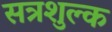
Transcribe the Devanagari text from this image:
सत्रशुल्क